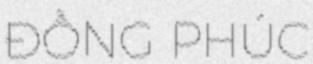
ĐỒNG PHÚC